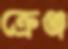
ক্রেঞ্জ